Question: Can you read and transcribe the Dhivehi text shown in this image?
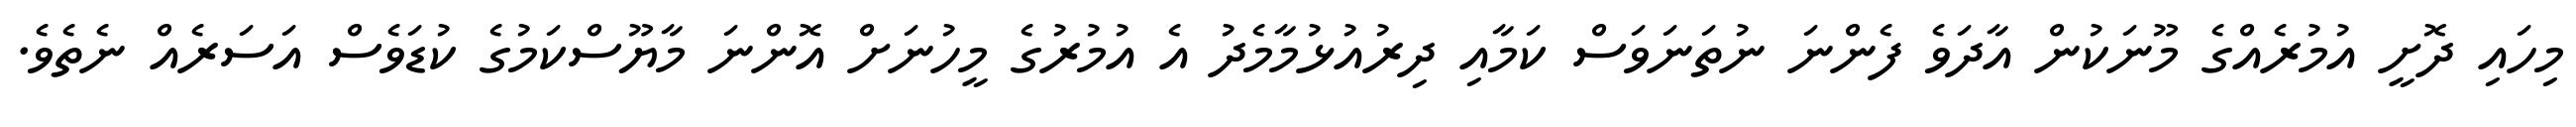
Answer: މިހައި ދޮށީ އުމުރެއްގެ މޫނަކުން އާދަވެ ފެންނަ ނުތަނަވަސް ކަމާއި ދިރުއުޅުމާމެދު އެ އުމުރުގެ މީހުނަށް އޮންނަ މާޔޫސްކަމުގެ ކުޑަވެސް އަސަރެއް ނެތެވެ.